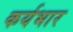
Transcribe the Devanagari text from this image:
कर्यभार